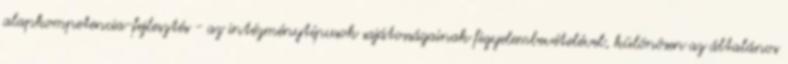
alapkompetencia-fejlesztés - az intézménytípusok sajátosságainak figyelembevételével, különösen az általános